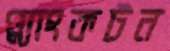
প্ল্যাংকটন